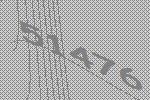
51476